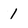
Character: 1